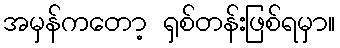
အမှန်ကတော့ ရှစ်တန်းဖြစ်ရမှာ။